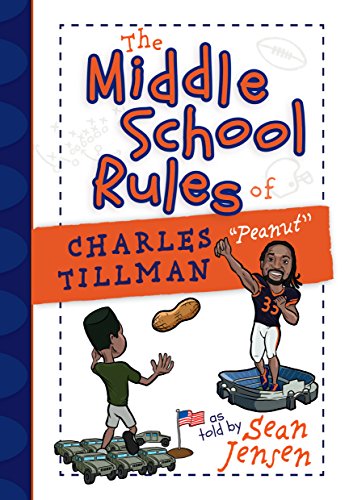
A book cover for The Middle School Rules of Charles Tillman: "Peanut"; Sean Jensen; Children's Books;